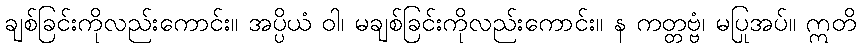
ချစ်ခြင်းကိုလည်းကောင်း။ အပ္ပိယံ ဝါ၊ မချစ်ခြင်းကိုလည်းကောင်း။ န ကတ္တဗ္ဗံ၊ မပြုအပ်။ ဣတိ